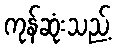
ကုန်ဆုံးသည့်